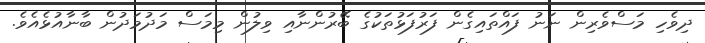
ދިވެހި މަސްވެރިން ނަނު ފައްތައިގެން ފަރުފަޅުތަކުގެ ބޭރުންނާއި ވިލުން މިމަސް މަދުމަދުން ބާނާއުޅެއެވެ.